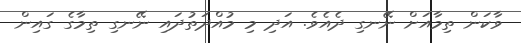
ވާކަން ތިމާއަށް ނޭނގި ދެއެވެ. އަދި މި މުއްދަތުދައި ނޭނގި ތިމާގެ ގައިން